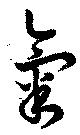
気